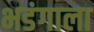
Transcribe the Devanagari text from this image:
भडंगाला